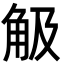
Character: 觙